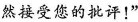
然接受您的批评！”